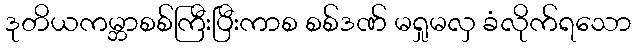
ဒုတိယကမ္ဘာစစ်ကြီးပြီးကာစ စစ်ဒဏ် မရှုမလှ ခံလိုက်ရသော